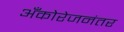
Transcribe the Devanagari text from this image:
अँकोरेजनंतर